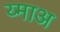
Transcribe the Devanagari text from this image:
य्माअ